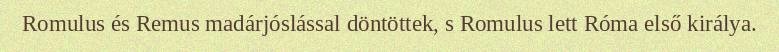
Romulus és Remus madárjóslással döntöttek, s Romulus lett Róma első királya.